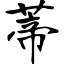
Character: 蒂